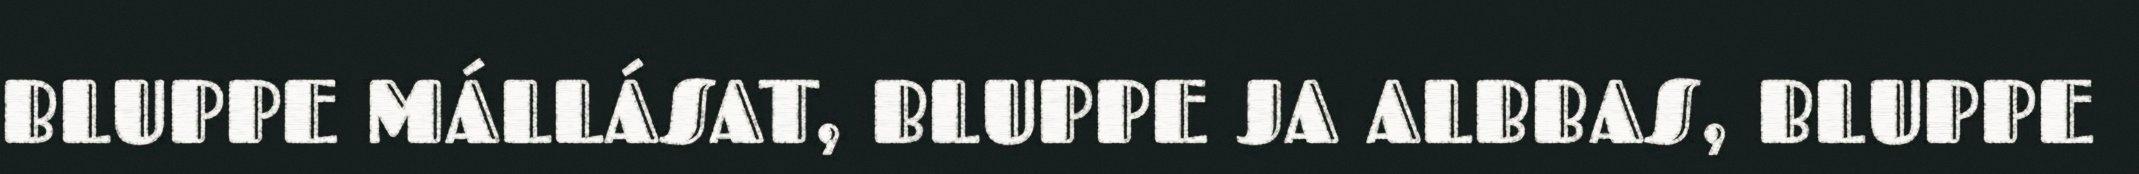
BLUPPE MÁLLÁSAT, BLUPPE JA ALBBAS, BLUPPE